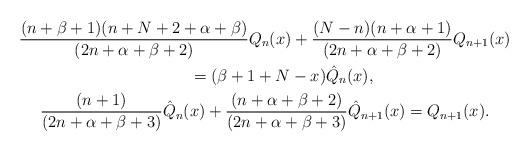
LaTeX: \begin{gather*} \frac{(n+\beta+1 )(n+N+2+\alpha+\beta)}{(2n+\alpha+\beta+2)} Q_n(x) +\frac{(N-n)(n+\alpha+1)}{(2n+\alpha+\beta+2)} Q_{n+1}(x)\\ \qquad{}= (\beta+1+N-x) \hat Q_n(x), \\ \frac{(n+1)}{(2n+\alpha+\beta+3)} \hat Q_n(x) + \frac{(n+\alpha+\beta+2)}{(2n+\alpha+\beta+3)} \hat Q_{n+1}(x)= Q_{n+1}(x) .\end{gather*}